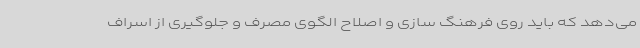
می‌دهد که باید روی فرهنگ سازی و اصلاح الگوی مصرف و جلوگیری از اسراف